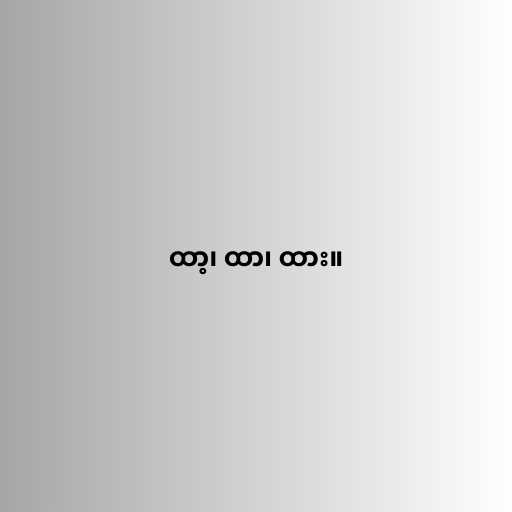
ထာ့၊ ထာ၊ ထား။